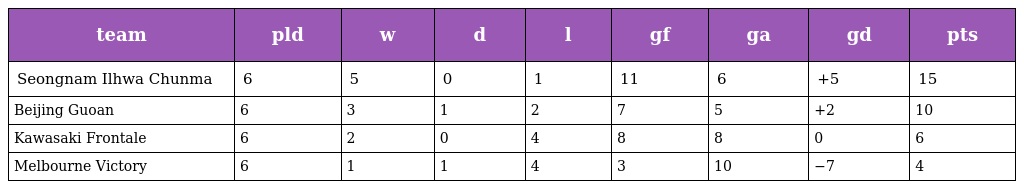
| team | pld | w | d | l | gf | ga | gd | pts |
 | --- | --- | --- | --- | --- | --- | --- | --- | --- |
 | Seongnam Ilhwa Chunma | 6 | 5 | 0 | 1 | 11 | 6 | +5 | 15 |
 | Beijing Guoan | 6 | 3 | 1 | 2 | 7 | 5 | +2 | 10 |
 | Kawasaki Frontale | 6 | 2 | 0 | 4 | 8 | 8 | 0 | 6 |
 | Melbourne Victory | 6 | 1 | 1 | 4 | 3 | 10 | −7 | 4 |